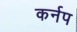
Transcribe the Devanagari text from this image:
कर्नप